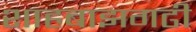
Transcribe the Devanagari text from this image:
शाहबाझगढी